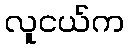
လူငယ်က